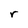
Character: r